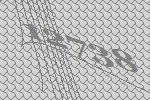
12738